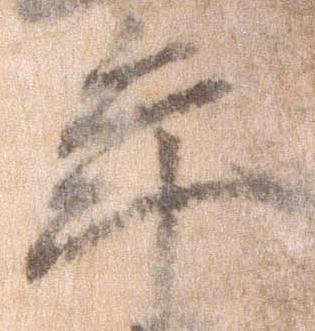
年